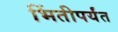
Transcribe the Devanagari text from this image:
भिंतीपर्यंत